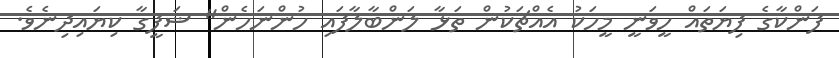
ފަންކާގެ ފިޔަތައް ހީވަނީ މީހަކު އެއްޗަކުން ތަޅާ ލަންބާލާފައި ހުންނަހެން" ޝަފީގާ ކިޔައިދިނެވެ.